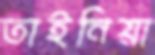
তাইনিয়া